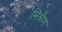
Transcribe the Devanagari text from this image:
मिश्रेण